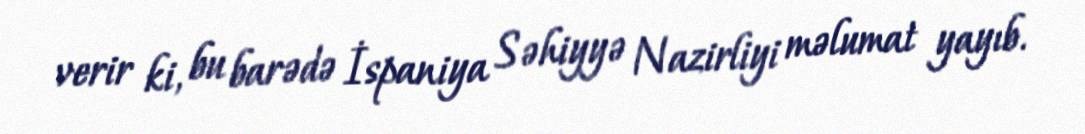
verir ki, bu barədə İspaniya Səhiyyə Nazirliyi məlumat yayıb.